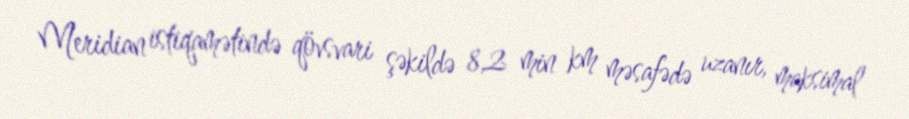
Meridian istiqamətində qövsvari şəkildə 8,2 min km məsafədə uzanır, maksimal